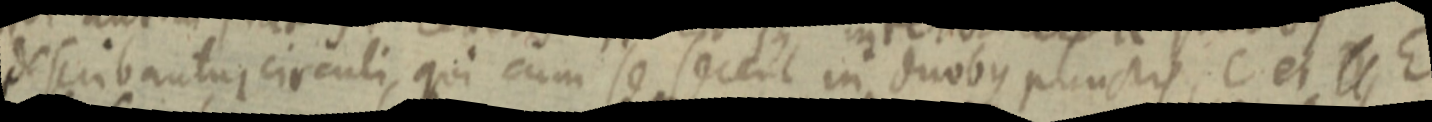
describantur circuli, qui cum se secent in duobus punctis, C et _ E